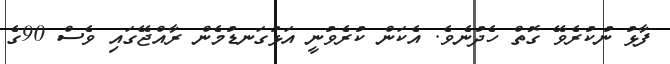
ފާޅު ނުކުރެވޭ ގޮތް ހެދުނެވެ. އެކަން ކުރެވުނީ އަޅުގަނޑުމެން ރާއްޖޭގައި ވެސް 90ގެ